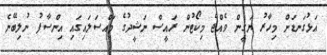
އަޅުގަނޑަށް މިހާރު ޔަގީން ވެއްޖެ މިކޯޓުން ރައީސް ނަޝީދުގެ މައްސަލައިގައި އިންސާފު ނުލިބޭނެ